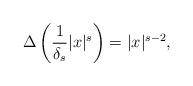
LaTeX: \begin{align*}\Delta\left(\frac{1}{\delta_{s}}|x|^{s}\right)=|x|^{s-2},\end{align*}